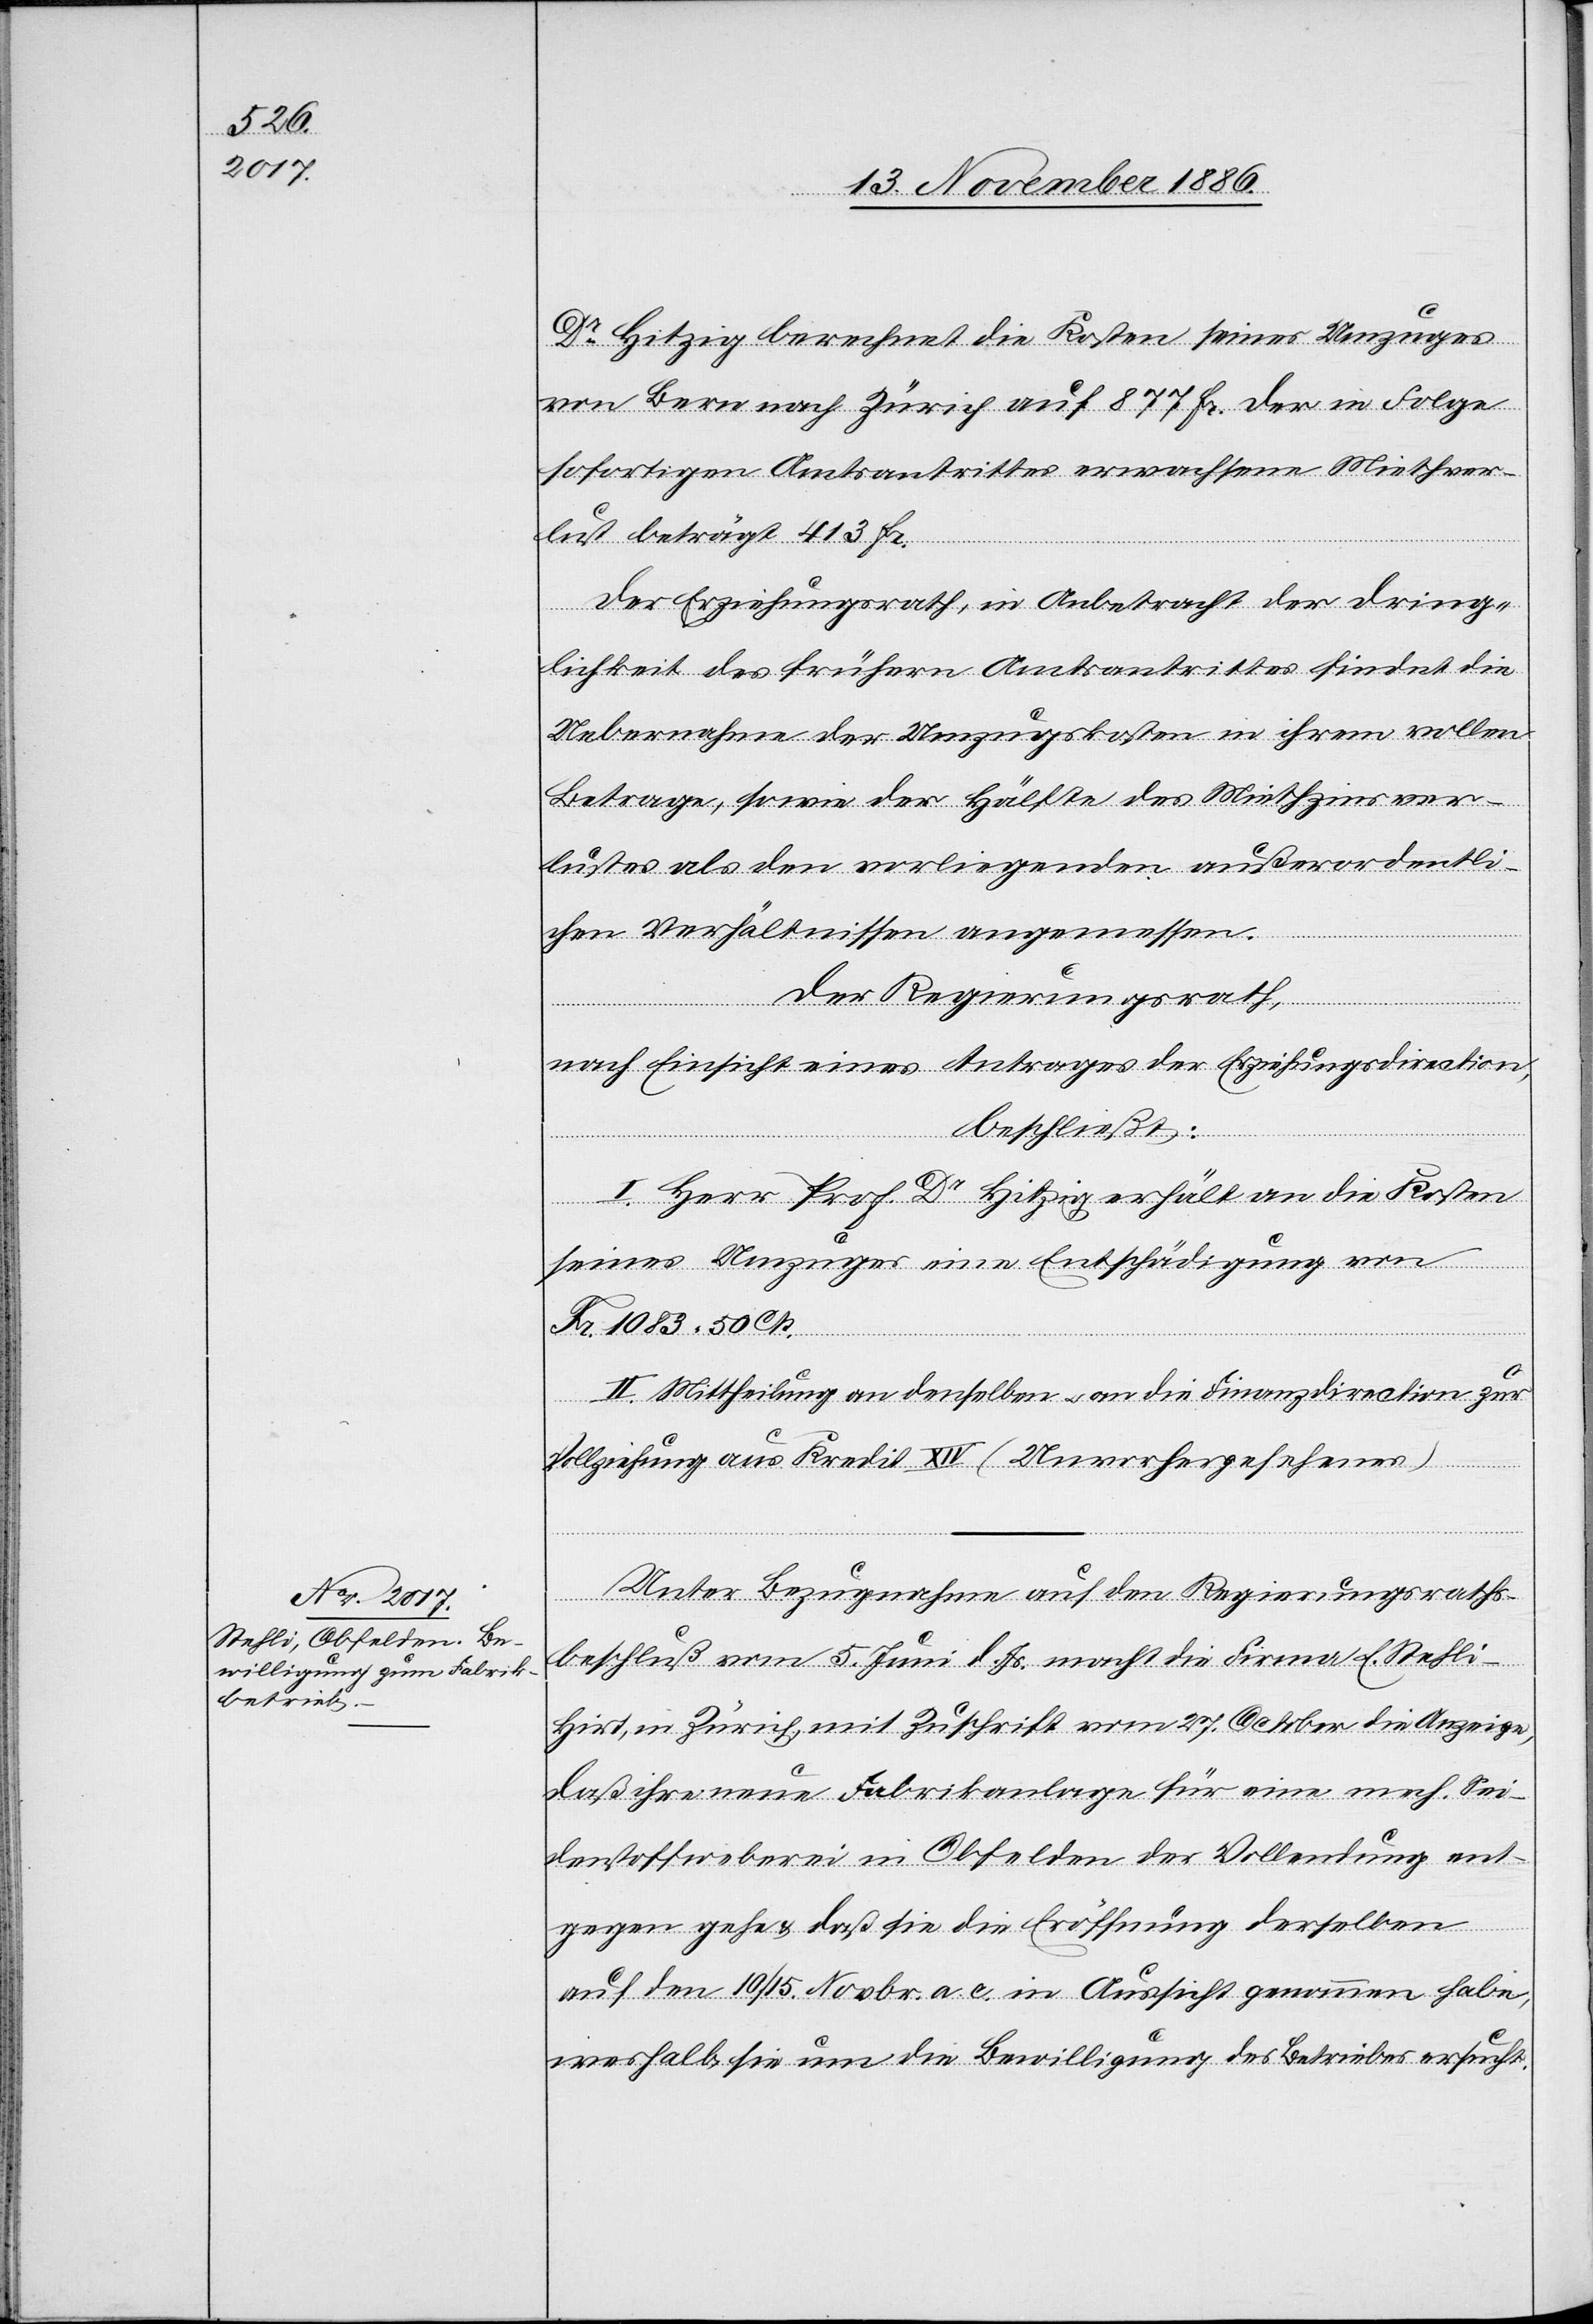
Dr Hitzig berechnet die Kosten seines Umzuges
von Bern nach Zürich auf 877 Fr. der in Folge
sofortigen Amtsantrittes erwachsene Miethver¬
lust beträgt 413 Fr.
Der Erziehungsrath, in Anbetracht der Dring¬
lichkeit des frühern Amtsantrittes findet die
Uebernahme der Umzugskosten in ihrem vollen
Betrage, sowie der Hälfte des Miethzinsver¬
lustes als den vorliegenden außerordentli¬
chen Verhältnissen angemessen.
Der Regierungsrath,
nach Einsicht eines Antrages der Erziehungsdirection,
beschließt:
I. Herr Prof. Dr Hitzig erhält an die Kosten
seines Umzuges eine Entschädigung von
Fr. 1083 50 Cts.
II. Mittheilung an denselben & an die Finanzdirection zur
Vollziehung aus Kredit XIV (Unvorhergesehenes).
Unter Bezugnahme auf den Regierungsraths¬
beschluß vom 5. Juni d. Js. macht die Firma E. Stehl¬
i-Hirt, in Zürich, mit Zuschrift vom 27. October die Anzeige,
daß ihre neue Fabrikanlage für eine mech. Sei¬
denstoffweberei in Obfelden der Vollendung ent¬
gegen gehe & daß sie die Eröffnung derselben
auf den 10./15. Novbr. a. c. in Aussicht genommen habe,
weshalb sie um die Bewilligung des Betriebes ersucht.